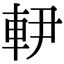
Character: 𨊼